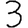
Digit: 3